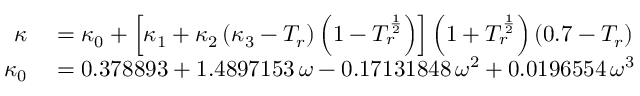
\begin{array} { r l } { \kappa } & { { } = \kappa _ { 0 } + \left[ \kappa _ { 1 } + \kappa _ { 2 } \left( \kappa _ { 3 } - T _ { r } \right) \left( 1 - T _ { r } ^ { \frac { 1 } { 2 } } \right) \right] \left( 1 + T _ { r } ^ { \frac { 1 } { 2 } } \right) \left( 0 . 7 - T _ { r } \right) } \\ { \kappa _ { 0 } } & { { } = 0 . 3 7 8 8 9 3 + 1 . 4 8 9 7 1 5 3 \, \omega - 0 . 1 7 1 3 1 8 4 8 \, \omega ^ { 2 } + 0 . 0 1 9 6 5 5 4 \, \omega ^ { 3 } } \end{array}